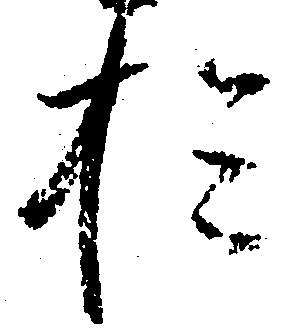
於